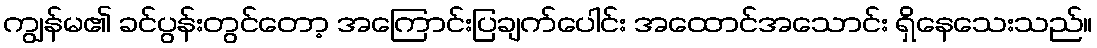
ကျွန်မ၏ ခင်ပွန်းတွင်တော့ အကြောင်းပြချက်ပေါင်း အထောင်အသောင်း ရှိနေသေးသည်။